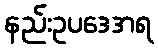
နည်းဥပဒေအရ